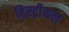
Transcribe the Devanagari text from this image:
हिस्ट्रीकल